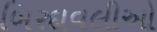
બિરદાવલીઓ